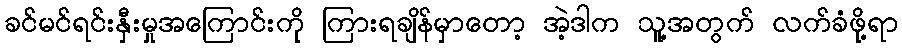
ခင်မင်ရင်းနှီးမှုအကြောင်းကို ကြားရချိန်မှာတော့ အဲ့ဒါက သူ့အတွက် လက်ခံဖို့ရာ